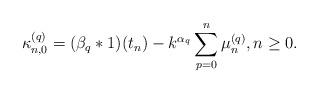
LaTeX: \begin{align*} \kappa_{n,0}^{(q)} = ( \beta_q \ast 1 )(t_n) - k^{\alpha_q}\sum\limits_{p=0}^{n} \mu_{n}^{(q)}, n\geq 0. \end{align*}